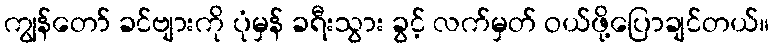
ကျွန်တော် ခင်ဗျားကို ပုံမှန် ခရီးသွား ခွင့် လက်မှတ် ဝယ်ဖို့ပြောချင်တယ်။